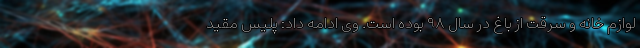
لوازم ‌خانه و سرقت از باغ در سال ۹۸ بوده است. وی ادامه داد: پلیس مقید